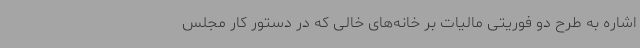
اشاره به طرح دو فوریتی مالیات بر خانه‌های خالی که در دستور کار مجلس